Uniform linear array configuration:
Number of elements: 4
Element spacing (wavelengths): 0.5
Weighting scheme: cosine
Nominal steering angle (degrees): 30
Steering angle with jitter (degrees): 30.609
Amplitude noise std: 0.05
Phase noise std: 0.05

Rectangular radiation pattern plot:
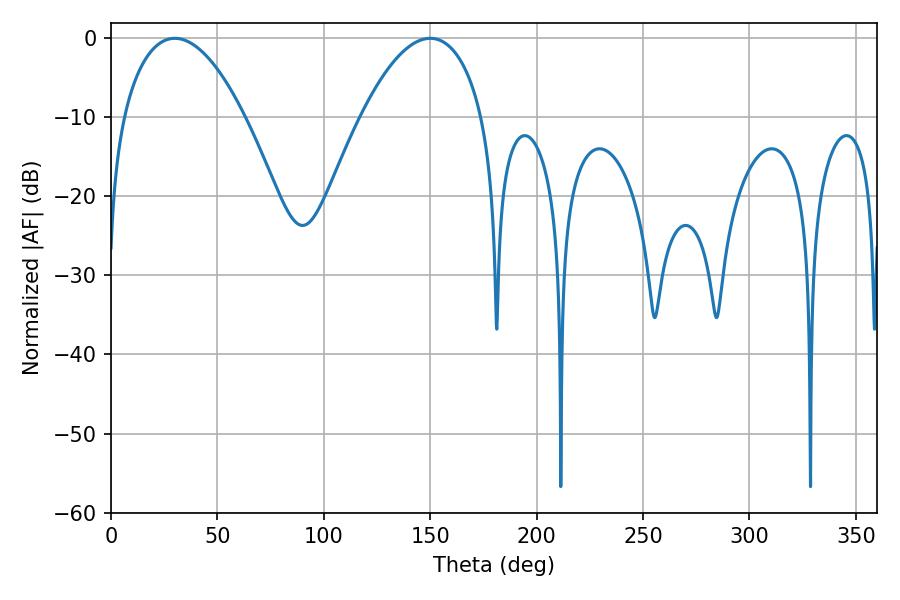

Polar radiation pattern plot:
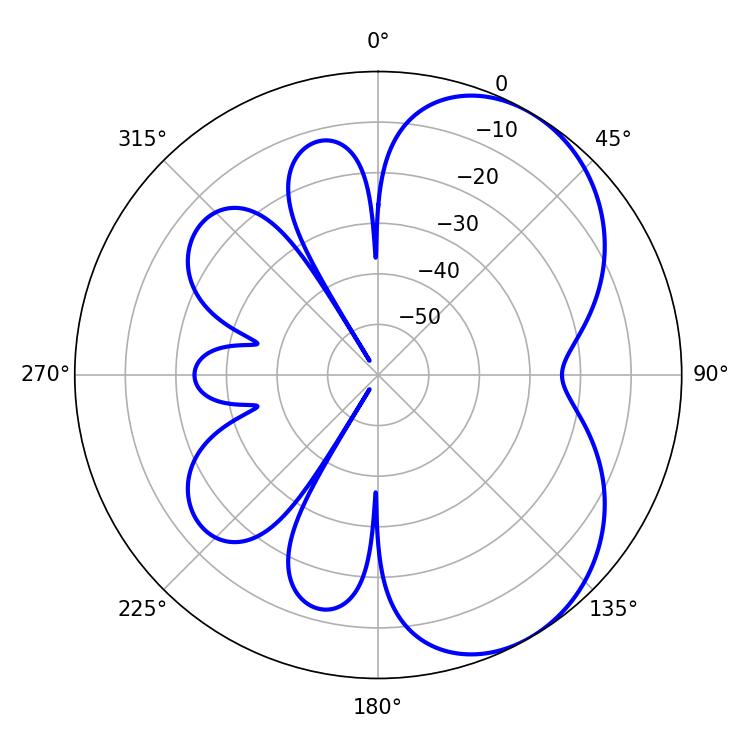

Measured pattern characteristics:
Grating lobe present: FALSE
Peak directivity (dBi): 5.289
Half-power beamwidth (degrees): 31.86
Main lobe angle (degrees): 30.06